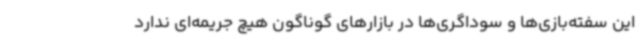
این سفته‌بازی‌ها و سوداگری‌ها در بازارهای گوناگون هیچ جریمه‌ای ندارد